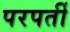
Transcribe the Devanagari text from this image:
परपर्ती